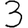
Digit: 3